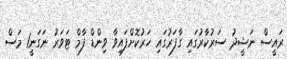
ރައީސް ނަޝީދު ސަރުކާރުގައި ގާފަރުގައި ހަރުކޮށްފައިވާ ވިންޑް ފާމް ޓަވަރު ނަގަނީ1 މަސް